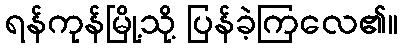
ရန်ကုန်မြို့သို့ ပြန်ခဲ့ကြလေ၏။